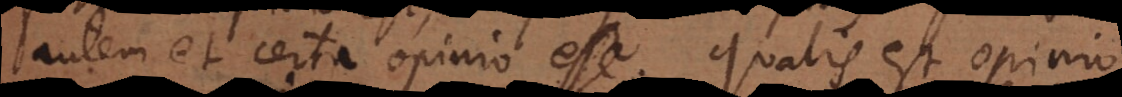
autem et certa opinio esse. Qualis est opinio